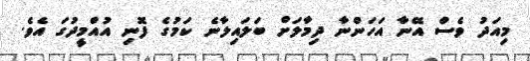
މިއަދު ވެސް އޭނާ އަހަންނާ ދިމާލަށް ބަލައިލާނެ ކަމުގެ ފޮނި އުއްމީދުގަ އެވެ.